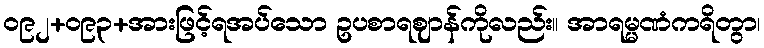
ဝ၉၂+ဝ၉၃+အားဖြင့်ရအပ်သော ဥပစာရဈာန်ကိုလည်း။ အာရမ္မဏံကရိတွာ၊